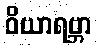
ဝိယာရဗ္ဘာ